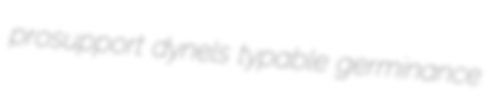
prosupport dynels typable germinance